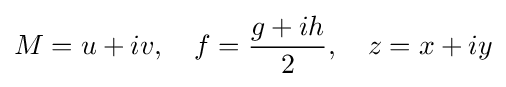
M=u+iv,\quad f={\frac {g+ih}{2}},\quad z=x+iy